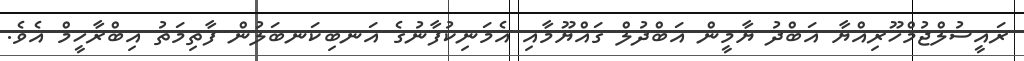
ރައީސުލްޖުމްހޫރިއްޔާ އަބްދު ޔާމީން އަބްދުލް ގައްޔޫމާއި އެމަނިކުފާނުގެ އަނބިކަނބަލުން ފާތިމަތު އިބްރާހީމް އެވެ.